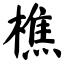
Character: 樵